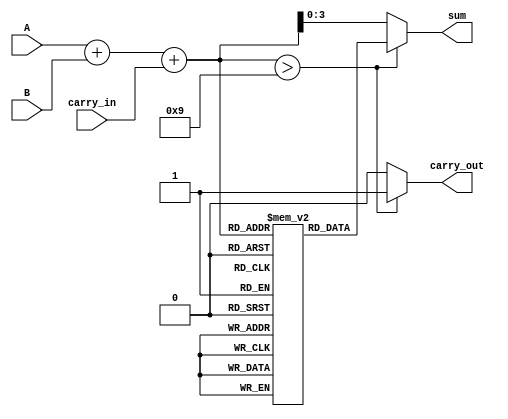
module BCD_LUT_Adder (
    input  wire [3:0] A,          // BCD digit A
    input  wire [3:0] B,          // BCD digit B
    input  wire carry_in,          // Carry input
    output reg  [3:0] sum,         // BCD result
    output reg  carry_out          // Carry output
);

    // Intermediate signals
    wire [4:0] binary_sum;         // 5-bit sum to accommodate carry
    wire [4:0] adjusted_sum;       // Adjusted sum after LUT
    reg [3:0] lut [0:18];          // Look-Up Table for BCD correction

    // Initialize the LUT with BCD values
    initial begin
        lut[0]  = 4'b0000; // 0
        lut[1]  = 4'b0001; // 1
        lut[2]  = 4'b0010; // 2
        lut[3]  = 4'b0011; // 3
        lut[4]  = 4'b0100; // 4
        lut[5]  = 4'b0101; // 5
        lut[6]  = 4'b0110; // 6
        lut[7]  = 4'b0111; // 7
        lut[8]  = 4'b1000; // 8
        lut[9]  = 4'b1001; // 9
        lut[10] = 4'b0000; // 10 (corrected to 0)
        lut[11] = 4'b0001; // 11 (corrected to 1)
        lut[12] = 4'b0010; // 12 (corrected to 2)
        lut[13] = 4'b0011; // 13 (corrected to 3)
        lut[14] = 4'b0100; // 14 (corrected to 4)
        lut[15] = 4'b0101; // 15 (corrected to 5)
        lut[16] = 4'b0110; // 16 (corrected to 6)
        lut[17] = 4'b0111; // 17 (corrected to 7)
        lut[18] = 4'b1000; // 18 (corrected to 8)
    end

    // Binary addition of inputs and carry_in
    assign binary_sum = A + B + carry_in;

    // Determine the BCD sum using the LUT
    always @(*) begin
        if (binary_sum > 9) begin
            sum = lut[binary_sum];      // Use LUT for correction
            carry_out = 1;              // Set carry_out to 1
        end else begin
            sum = binary_sum[3:0];      // Valid BCD, no correction needed
            carry_out = 0;              // No carry-out
        end
    end

endmodule